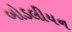
બોડલીયન